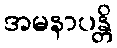
အမနာပန္တိ